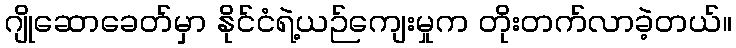
ဂျိုဆောခေတ်မှာ နိုင်ငံရဲ့ယဉ်ကျေးမှုက တိုးတက်လာခဲ့တယ်။